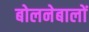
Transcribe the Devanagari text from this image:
बोलनेबालों